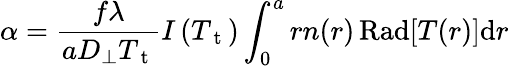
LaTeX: \alpha=\frac{f\lambda}{aD_{\perp}T_{\mathrm{~t~}}}I\left(T_{\mathrm{~t~}}\right)\int_{0}^{a}rn(r)\operatorname{Rad}[T(r)]\mathrm{d}r